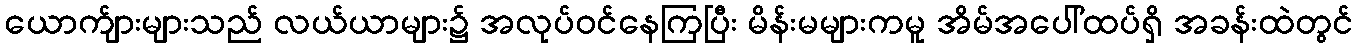
ယောက်ျားများသည် လယ်ယာများ၌ အလုပ်ဝင်နေကြပြီး မိန်းမများကမူ အိမ်အပေါ်ထပ်ရှိ အခန်းထဲတွင်